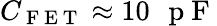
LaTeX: C_{\mathrm{~F~E~T~}}\approx 10\mathrm{~\, ~p~F~}